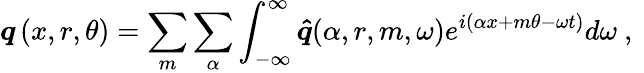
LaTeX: \boldsymbol{q}\left(x,r,\theta\right)=\sum_{m}\sum_{\alpha}{\int_{-\infty}^{\infty}{\boldsymbol{\hat{q}}(\alpha,r,m,\omega)e^{i\left({\alpha x}+{m\theta}-{\omega t}\right)}d\omega}}\mathrm{~,~}